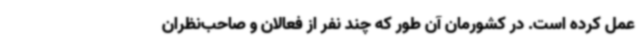
عمل کرده‌ است. در کشورمان آن طور که چند نفر از فعالان و صاحب‌نظران